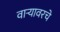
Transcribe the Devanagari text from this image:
वाऱ्यावरचे